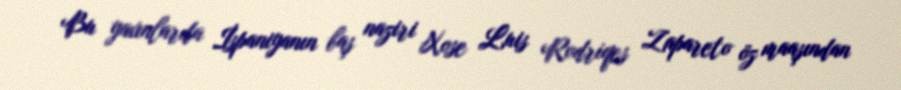
Bu yaxınlarda İspaniyanın baş naziri Xose Luis Rodriqes Zapareto öz maaşından